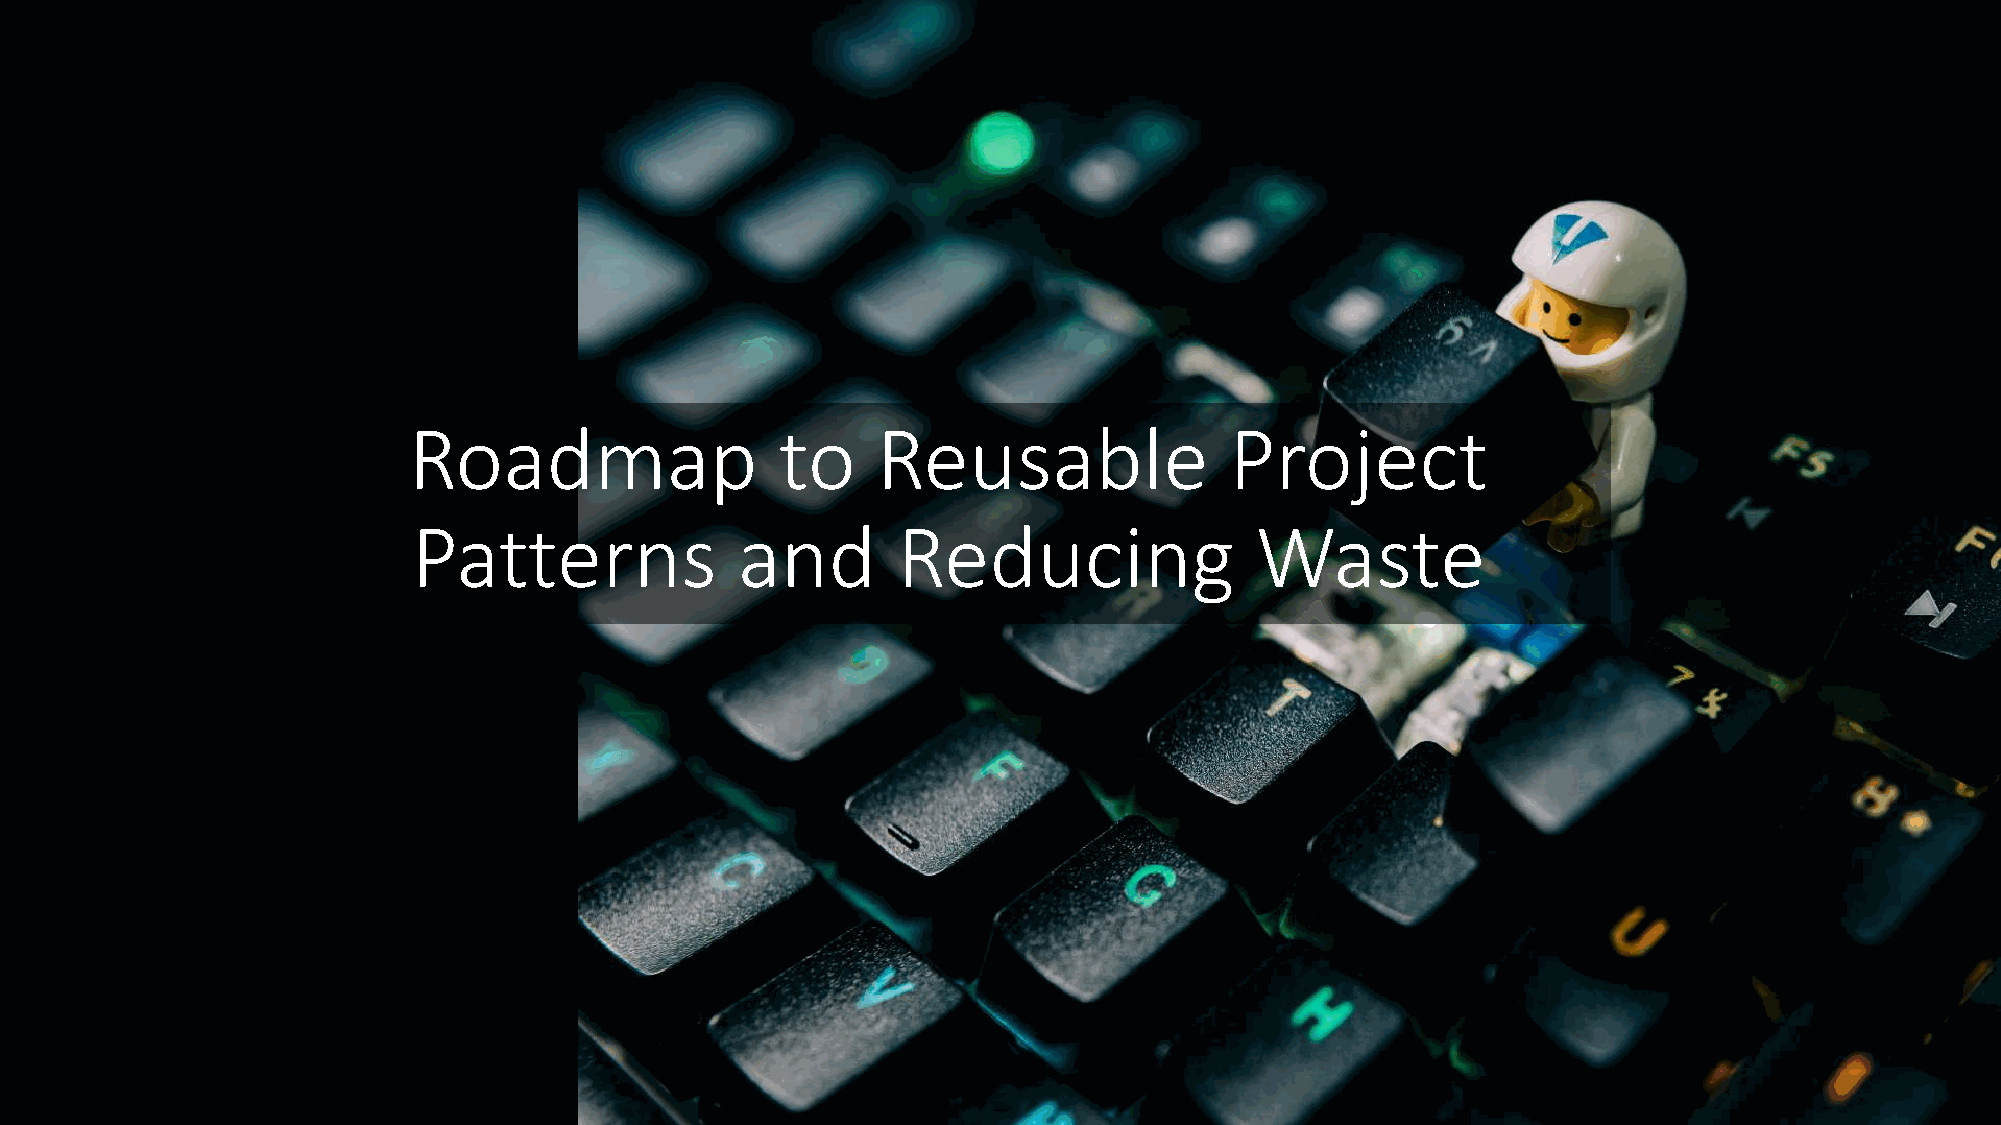
Roadmap                  to    Reusable               Project
 Patterns              and       Reducing                Waste